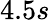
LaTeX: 4.5s